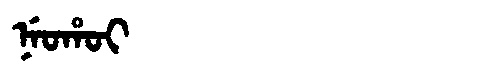
Manchu: ᠨᡝᠣᡥᠣᡳ
Romanization: NEOHOI